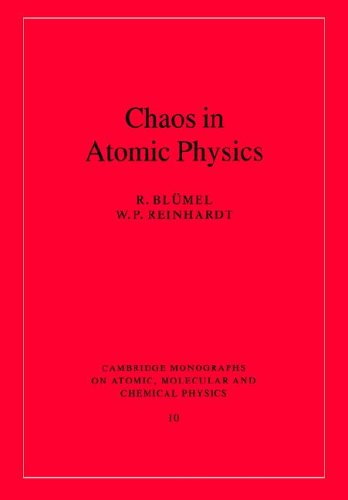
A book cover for Chaos in Atomic Physics (Cambridge Monographs on Atomic, Molecular and Chemical Physics); R. BlÃ¼mel; Science & Math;